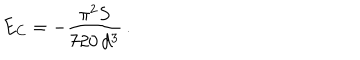
E _ { C } = - \frac { \pi ^ { 2 } S } { 7 2 0 \, d ^ { 3 } } \, .